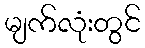
မျက်လုံးတွင်